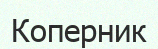
Коперник